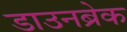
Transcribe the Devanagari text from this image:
डाउनब्रेक